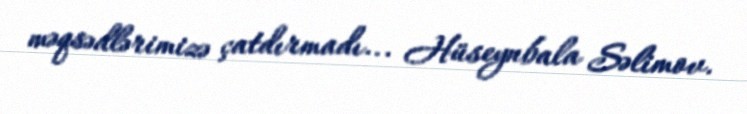
məqsədlərimizə çatdırmadı... Hüseynbala Səlimov.